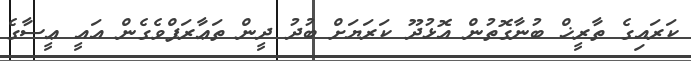
ކަރައިގެ ތާރީޚް ބުނާގޮތުން އޮޅުދޫ ކަރަޔަށް ބުދު ދީން ތަޢާރަފްވެގެން އައީ ޢީސާގެ